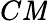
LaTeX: C\mathit{M}